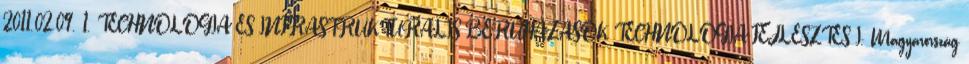
2011.02.09. 1. TECHNOLÓGIA ÉS INFRASTRUKTURÁLIS BERUHÁZÁSOK TECHNOLÓGIA-FEJLESZTÉS I. Magyarország